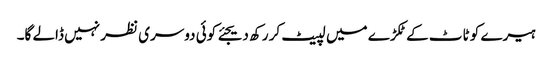
ہیرے کو ٹاٹ کے ٹکڑے میں لپیٹ کر رکھ دیجئے کوئی دوسری نظر نہیں ڈالے گا۔